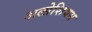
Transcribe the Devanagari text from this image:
अलोशियस